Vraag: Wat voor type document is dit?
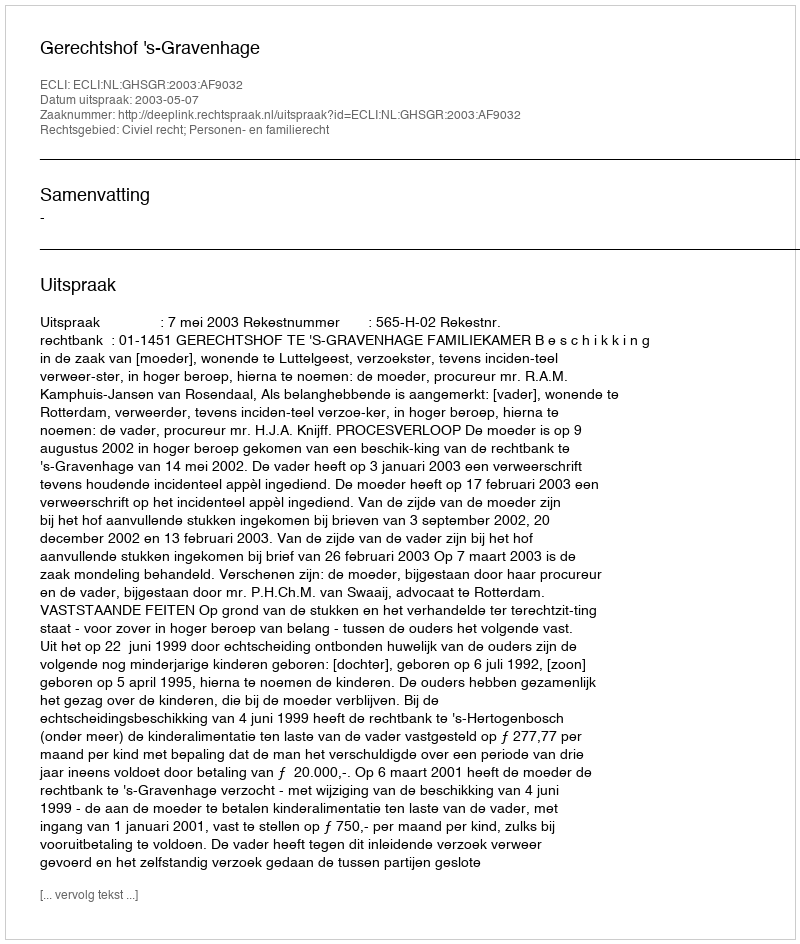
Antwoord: Uitspraak